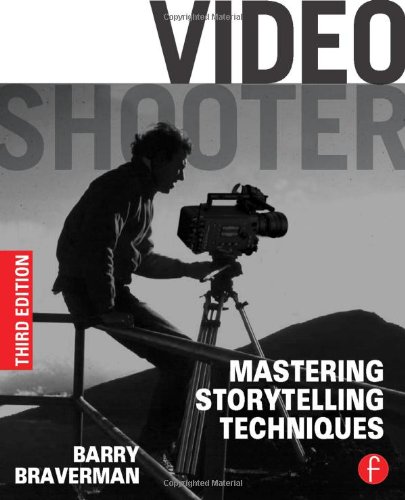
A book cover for Video Shooter: Mastering Storytelling Techniques; Barry Braverman; Humor & Entertainment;